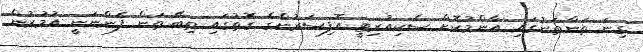
ގިނަ ތަންތަނުގައި އާންމުކޮށް ސެކިއުރިޓީ އޮފިސަރުންގެ ގޮތުގައި ތިބޭ ތަން ފެންނަނީ އުމުރުން